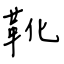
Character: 靴